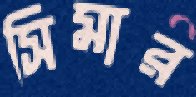
সিমার